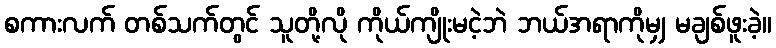
စကားလက် တစ်သက်တွင် သူတို့လို ကိုယ်ကျိုးမငဲ့ဘဲ ဘယ်အရာကိုမျှ မချစ်ဖူးခဲ့။